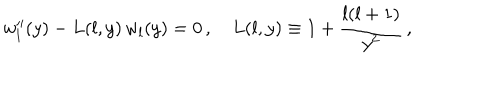
LaTeX: w _ { l } ^ { \prime \prime } ( y ) - L ( l , y ) \, w _ { l } ( y ) = 0 \, , \quad L ( l , y ) \equiv 1 + \frac { l ( l + 1 ) } { y ^ { 2 } } \, ,